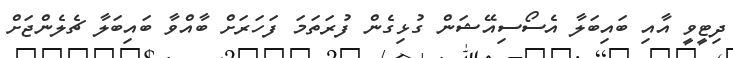
ދިޓީވީ އާއި ބައިބަލާ އެސޯސިއޭޝަން ގުޅިގެން ފުރަތަމަ ފަހަރަށް ބާއްވާ ބައިބަލާ ޗެލެންޖަށް